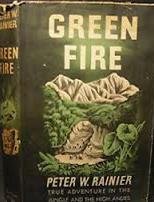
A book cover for Green fire,; Peter W Rainier; Travel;